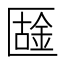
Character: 𠥟